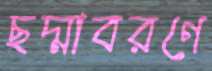
ছদ্মাবরণে